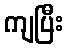
ကျပြီး